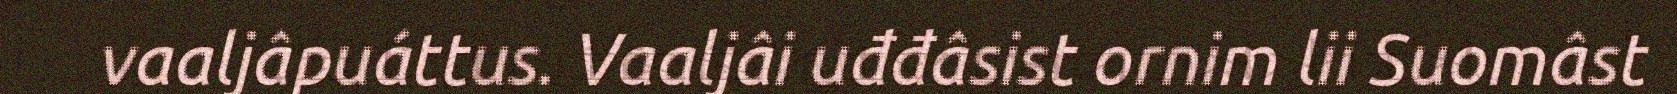
vaaljâpuáttus. Vaaljâi uđđâsist ornim lii Suomâst